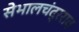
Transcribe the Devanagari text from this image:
सेभालचंद्रराव